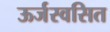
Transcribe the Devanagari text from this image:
ऊर्जस्वसित